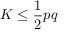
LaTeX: K \leq { \frac { 1 } { 2 } } p q